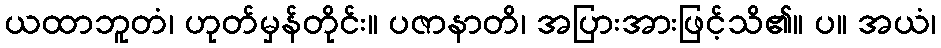
ယထာဘူတံ၊ ဟုတ်မှန်တိုင်း။ ပဇာနာတိ၊ အပြားအားဖြင့်သိ၏။ ပ။ အယံ၊